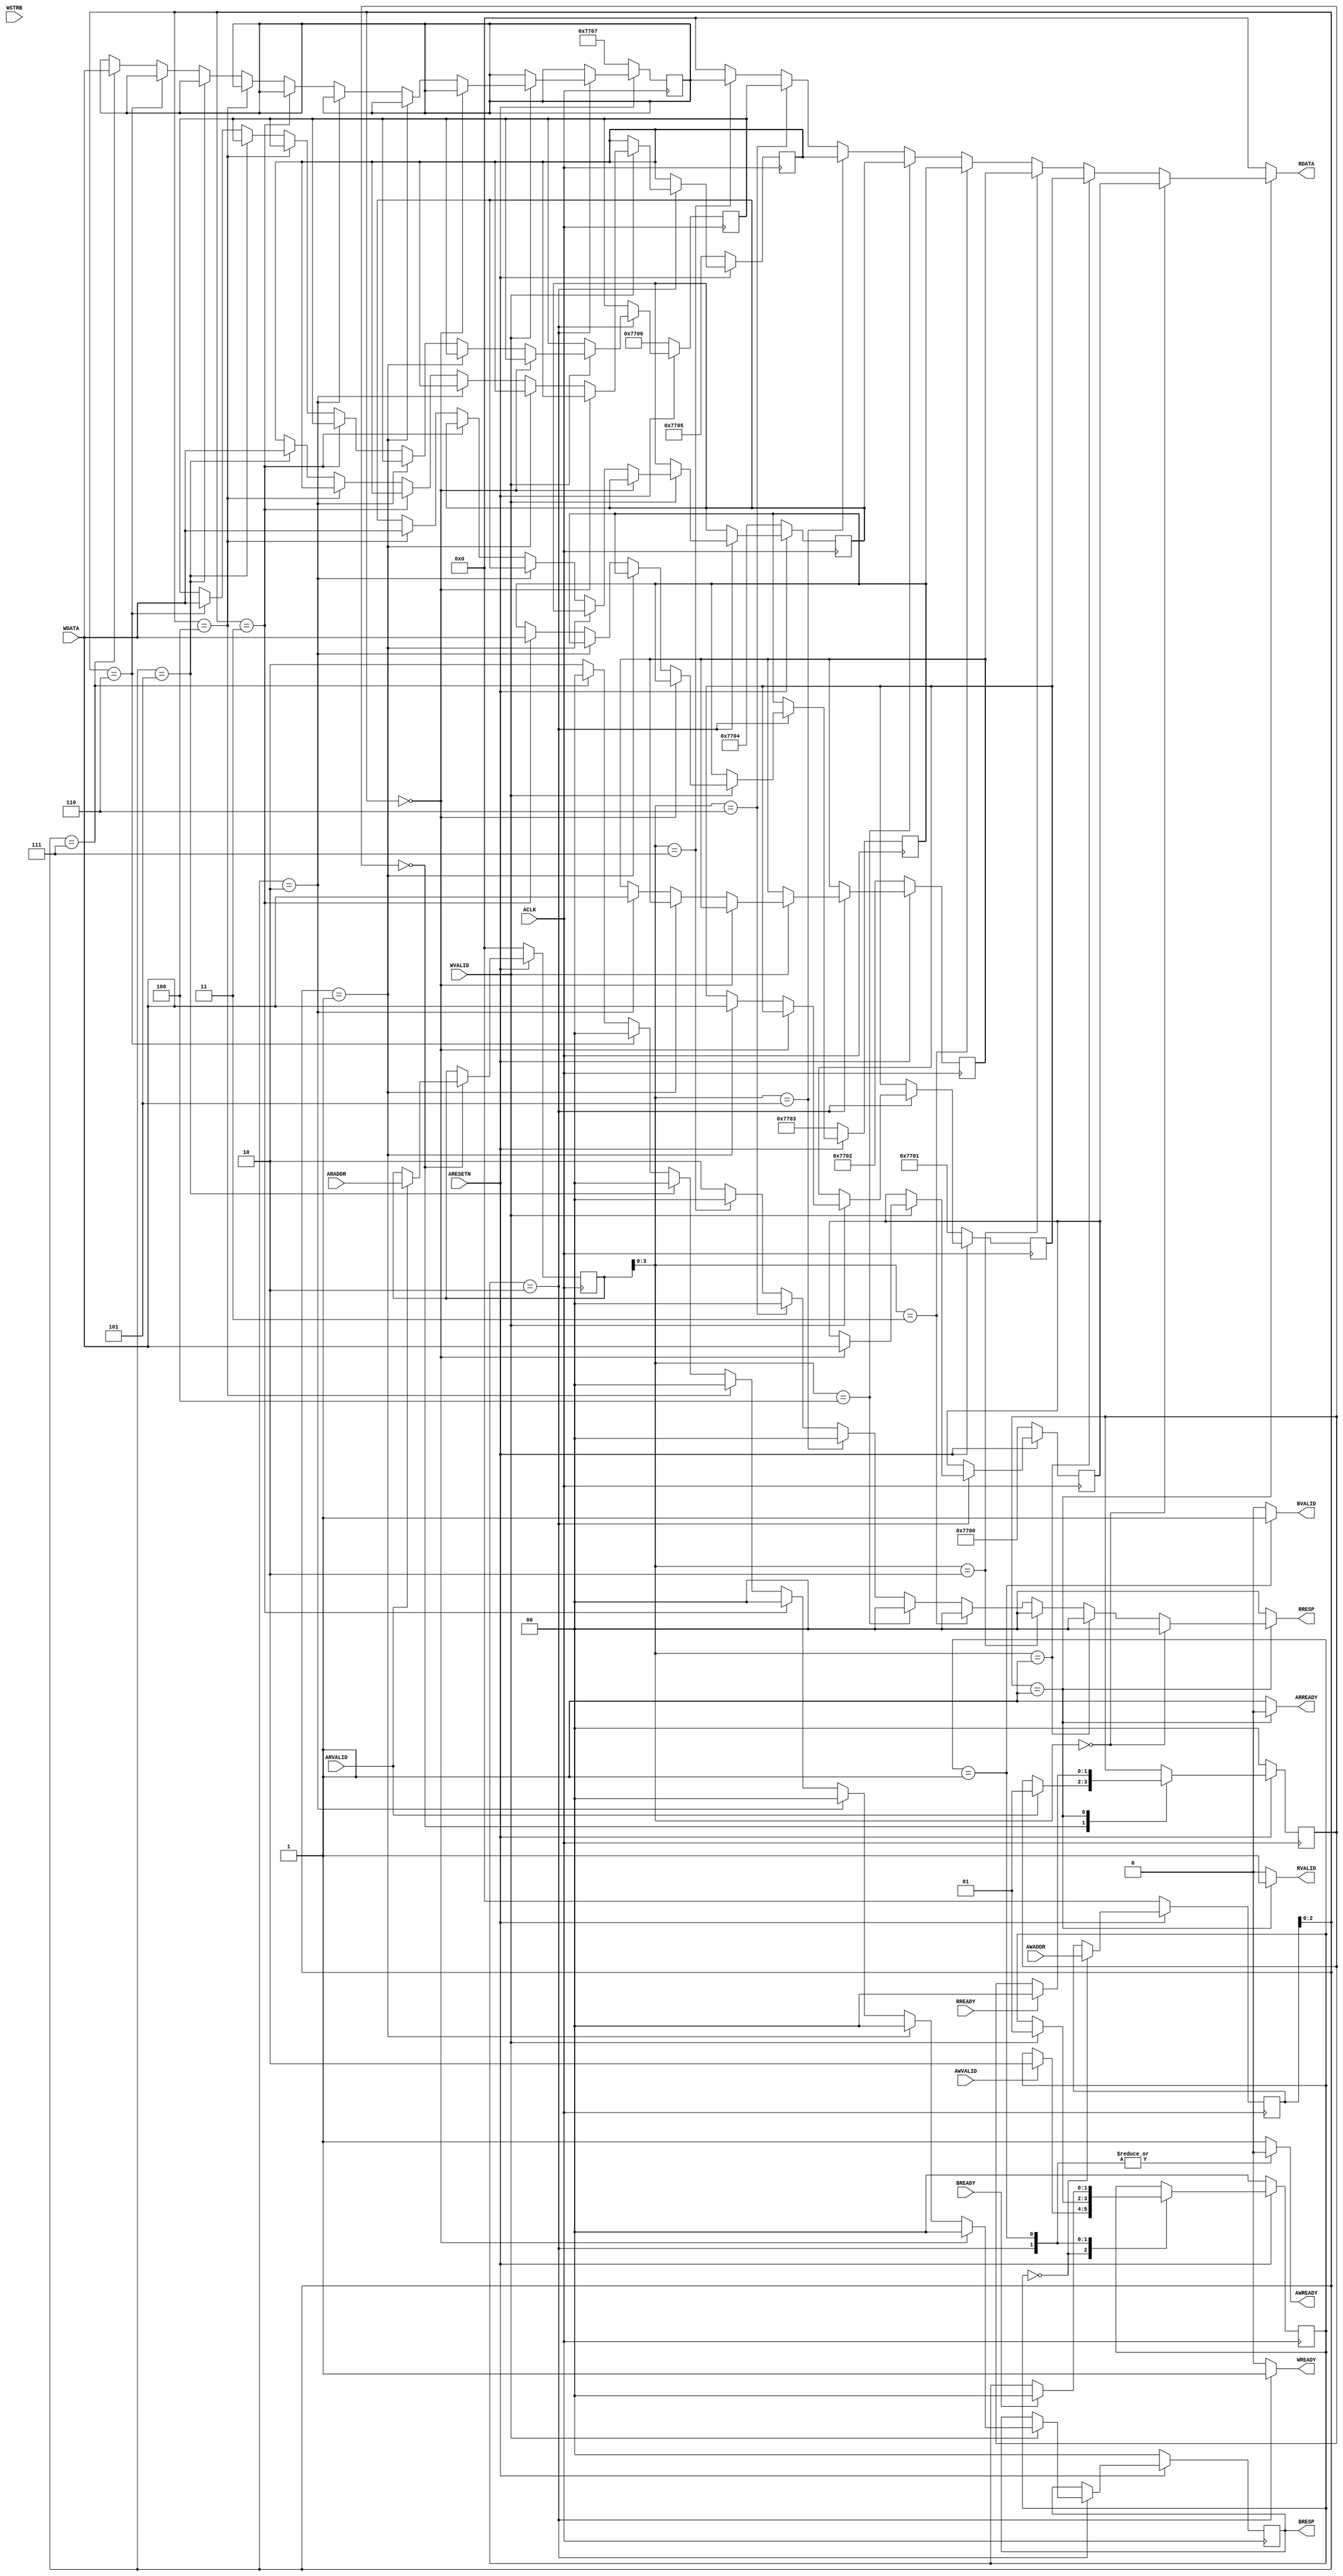
/*******************************************************************************
 *
 *  NetFPGA-10G http://www.netfpga.org
 *
 *  File:
 *        axi4_lite_regs.v
 *
 *  Library:
 *        hw/contrib/pcores/dma_v1_00_a
 *
 *  Module:
 *        dma
 *
 *  Author:
 *        Mario Flajslik
 *
 *  Description:
 *        Simple AXI slave interface to 8 test registers that can be read/written.
 *        These registers do not affect dma operation in any way, but can be used
 *        for test purposes.
 *
 *  Copyright notice:
 *        Copyright (C) 2010, 2011 The Board of Trustees of The Leland Stanford
 *                                 Junior University
 *
 *  Licence:
 *        This file is part of the NetFPGA 10G development base package.
 *
 *        This file is free code: you can redistribute it and/or modify it under
 *        the terms of the GNU Lesser General Public License version 2.1 as
 *        published by the Free Software Foundation.
 *
 *        This package is distributed in the hope that it will be useful, but
 *        WITHOUT ANY WARRANTY; without even the implied warranty of
 *        MERCHANTABILITY or FITNESS FOR A PARTICULAR PURPOSE.  See the GNU
 *        Lesser General Public License for more details.
 *
 *        You should have received a copy of the GNU Lesser General Public
 *        License along with the NetFPGA source package.  If not, see
 *        http://www.gnu.org/licenses/.
 *
 */

module axi4_lite_regs_test
  #(
    // Master AXI Lite Data Width
    parameter DATA_WIDTH=32,
    parameter ADDR_WIDTH=32
    )
   (
    input                        ACLK,
    input                        ARESETN,
    
    input [ADDR_WIDTH-1: 0]      AWADDR,
    input                        AWVALID,
    output reg                   AWREADY,
    
    input [DATA_WIDTH-1: 0]      WDATA,
    input [DATA_WIDTH/8-1: 0]    WSTRB,
    input                        WVALID,
    output reg                   WREADY,
    
    output reg [1:0]             BRESP,
    output reg                   BVALID,
    input                        BREADY,
    
    input [ADDR_WIDTH-1: 0]      ARADDR,
    input                        ARVALID,
    output reg                   ARREADY,
    
    output reg [DATA_WIDTH-1: 0] RDATA, 
    output reg [1:0]             RRESP,
    output reg                   RVALID,
    input                        RREADY
    );

   localparam AXI_RESP_OK = 2'b00;
   localparam AXI_RESP_SLVERR = 2'b10;
   
   localparam WRITE_IDLE = 0;
   localparam WRITE_RESPONSE = 1;
   localparam WRITE_DATA = 2;

   localparam READ_IDLE = 0;
   localparam READ_RESPONSE = 1;

   localparam REG_TEST_0 = 4'h0;
   localparam REG_TEST_1 = 4'h1;
   localparam REG_TEST_2 = 4'h2;
   localparam REG_TEST_3 = 4'h3;
   localparam REG_TEST_4 = 4'h4;
   localparam REG_TEST_5 = 4'h5;
   localparam REG_TEST_6 = 4'h6;
   localparam REG_TEST_7 = 4'h7;

   reg [1:0]                     write_state, write_state_next;
   reg [1:0]                     read_state, read_state_next;
   reg [ADDR_WIDTH-1:0]          read_addr, read_addr_next;
   reg [ADDR_WIDTH-1:0]          write_addr, write_addr_next;
   reg [1:0]                     BRESP_next;

   reg [31:0]                    test_reg_0, test_reg_0_next;
   reg [31:0]                    test_reg_1, test_reg_1_next;
   reg [31:0]                    test_reg_2, test_reg_2_next;
   reg [31:0]                    test_reg_3, test_reg_3_next;
   reg [31:0]                    test_reg_4, test_reg_4_next;
   reg [31:0]                    test_reg_5, test_reg_5_next;
   reg [31:0]                    test_reg_6, test_reg_6_next;
   reg [31:0]                    test_reg_7, test_reg_7_next;
   
   always @(*) begin
      read_state_next = read_state;   
      ARREADY = 1'b1;
      read_addr_next = read_addr;
      RDATA = 0; 
      RRESP = AXI_RESP_OK;
      RVALID = 1'b0;
      
      case(read_state)
        READ_IDLE: begin
           if(ARVALID) begin
              read_addr_next = ARADDR;
              read_state_next = READ_RESPONSE;
           end
        end        
        
        READ_RESPONSE: begin
           RVALID = 1'b1;
           ARREADY = 1'b0;

           if(read_addr[3:0] == REG_TEST_0) begin
              RDATA = test_reg_0;
           end
           else if(read_addr[3:0] == REG_TEST_1) begin
              RDATA = test_reg_1;
           end
           else if(read_addr[3:0] == REG_TEST_2) begin
              RDATA = test_reg_2;
           end
           else if(read_addr[3:0] == REG_TEST_3) begin
              RDATA = test_reg_3;
           end
           else if(read_addr[3:0] == REG_TEST_4) begin
              RDATA = test_reg_4;
           end
           else if(read_addr[3:0] == REG_TEST_5) begin
              RDATA = test_reg_5;
           end
           else if(read_addr[3:0] == REG_TEST_6) begin
              RDATA = test_reg_6;
           end
           else if(read_addr[3:0] == REG_TEST_7) begin
              RDATA = test_reg_7;
           end
           else begin
              RRESP = AXI_RESP_SLVERR;
           end

           if(RREADY) begin
              read_state_next = READ_IDLE;
           end
        end
      endcase
   end
   
   always @(*) begin
      write_state_next = write_state;
      write_addr_next = write_addr;

      AWREADY = 1'b1;
      WREADY = 1'b0;
      BVALID = 1'b0;  
      BRESP_next = BRESP;

      test_reg_0_next = test_reg_0;
      test_reg_1_next = test_reg_1;
      test_reg_2_next = test_reg_2;
      test_reg_3_next = test_reg_3;
      test_reg_4_next = test_reg_4;
      test_reg_5_next = test_reg_5;
      test_reg_6_next = test_reg_6;
      test_reg_7_next = test_reg_7;

      case(write_state)
        WRITE_IDLE: begin
           write_addr_next = AWADDR;
           if(AWVALID) begin
              write_state_next = WRITE_DATA;
           end
        end
        WRITE_DATA: begin
           AWREADY = 1'b0;
           WREADY = 1'b1;
           if(WVALID) begin
              if (write_addr[2:0] == REG_TEST_0) begin
                 test_reg_0_next = WDATA;
                 BRESP_next = AXI_RESP_OK;
              end
              else if (write_addr[2:0] == REG_TEST_1) begin
                 test_reg_1_next = WDATA;
                 BRESP_next = AXI_RESP_OK;
              end
              else if (write_addr[2:0] == REG_TEST_2) begin
                 test_reg_2_next = WDATA;
                 BRESP_next = AXI_RESP_OK;
              end
              else if (write_addr[2:0] == REG_TEST_3) begin
                 test_reg_3_next = WDATA;
                 BRESP_next = AXI_RESP_OK;
              end
              else if (write_addr[2:0] == REG_TEST_4) begin
                 test_reg_4_next = WDATA;
                 BRESP_next = AXI_RESP_OK;
              end
              else if (write_addr[2:0] == REG_TEST_5) begin
                 test_reg_5_next = WDATA;
                 BRESP_next = AXI_RESP_OK;
              end
              else if (write_addr[2:0] == REG_TEST_6) begin
                 test_reg_6_next = WDATA;
                 BRESP_next = AXI_RESP_OK;
              end
              else if (write_addr[2:0] == REG_TEST_7) begin
                 test_reg_7_next = WDATA;
                 BRESP_next = AXI_RESP_OK;
              end
              else begin
                 BRESP_next = AXI_RESP_SLVERR;
              end
              write_state_next = WRITE_RESPONSE;
           end
        end
        WRITE_RESPONSE: begin
           AWREADY = 1'b0;
           BVALID = 1'b1;
           if(BREADY) begin                    
              write_state_next = WRITE_IDLE;
           end
        end
      endcase
   end

   always @(posedge ACLK) begin
      if(~ARESETN) begin
         write_state <= WRITE_IDLE;
         read_state <= READ_IDLE;
         read_addr <= 0;
         write_addr <= 0;
         BRESP <= AXI_RESP_OK;

         test_reg_0 <= 32'h00007700;
         test_reg_1 <= 32'h00007701;
         test_reg_2 <= 32'h00007702;
         test_reg_3 <= 32'h00007703;
         test_reg_4 <= 32'h00007704;
         test_reg_5 <= 32'h00007705;
         test_reg_6 <= 32'h00007706;
         test_reg_7 <= 32'h00007707;
      end
      else begin
         write_state <= write_state_next;
         read_state <= read_state_next;
         read_addr <= read_addr_next;
         write_addr <= write_addr_next;
         BRESP <= BRESP_next;

         test_reg_0 <= test_reg_0_next;
         test_reg_1 <= test_reg_1_next;
         test_reg_2 <= test_reg_2_next;
         test_reg_3 <= test_reg_3_next;
         test_reg_4 <= test_reg_4_next;
         test_reg_5 <= test_reg_5_next;
         test_reg_6 <= test_reg_6_next;
         test_reg_7 <= test_reg_7_next;

      end
   end
   

endmodule